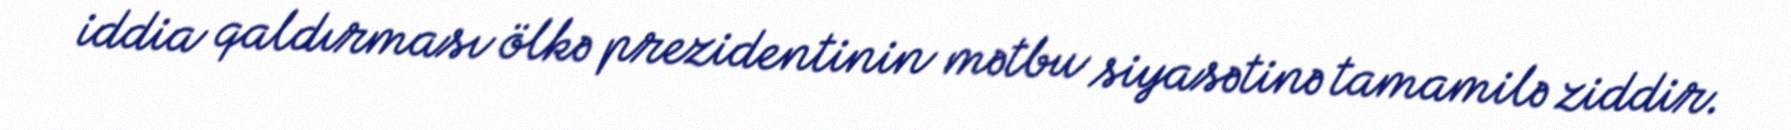
iddia qaldırması ölkə prezidentinin mətbu siyasətinə tamamilə ziddir.